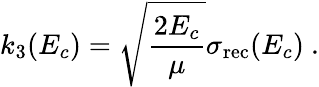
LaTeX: k_{3}(E_{c})=\sqrt{\frac{2E_{c}}{\mu}}\sigma_{\mathrm{rec}}(E_{c})~.